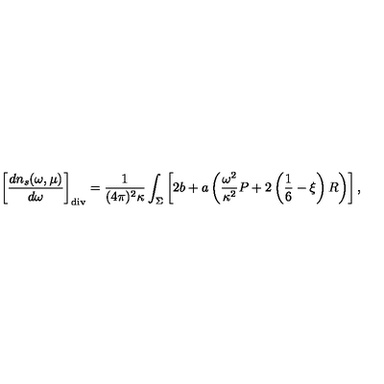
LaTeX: \left[ { \frac { d n _ { s } ( \omega , \mu ) } { d \omega } } \right] _ { \mathrm { d i v } } = { \frac { 1 } { ( 4 \pi ) ^ { 2 } \kappa } } \int _ { \Sigma } \left[ 2 b + a \left( { \frac { \omega ^ { 2 } } { \kappa ^ { 2 } } } P + 2 \left( \frac 1 6 - \xi \right) R \right) \right] ,